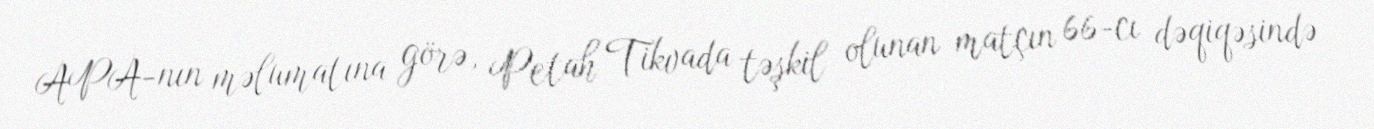
APA-nın məlumatına görə, Petah Tikvada təşkil olunan matçın 66-cı dəqiqəsində